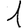
Digit: 1